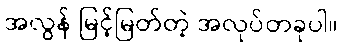
အလွန် မြင့်မြတ်တဲ့ အလုပ်တခုပါ။